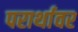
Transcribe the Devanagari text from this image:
परार्थावर